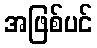
အဖြစ်ပင်